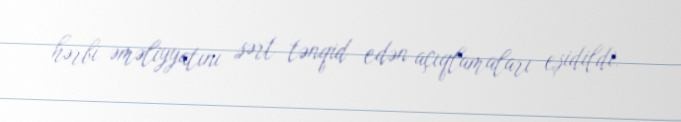
hərbi əməliyyatını sərt tənqid edən açıqlamaları eşidildi.